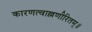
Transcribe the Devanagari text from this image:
कारणत्वाल्लणीरितम्॥